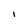
Character: I